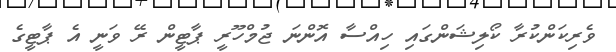
ވެރިކަންކުރާ ކޯލިޝަންގައި ހިއްސާ އޮންނަ ޖުމްހޫރީ ޕާޓީން ރޭ ވަނީ އެ ޕާޓީގެ